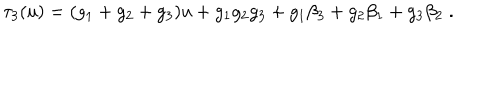
\tau _ { 3 } ( u ) = ( g _ { 1 } + g _ { 2 } + g _ { 3 } ) u + g _ { 1 } g _ { 2 } g _ { 3 } + g _ { 1 } \beta _ { 3 } + g _ { 2 } \beta _ { 1 } + g _ { 3 } \beta _ { 2 } \; .